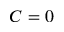
C = 0